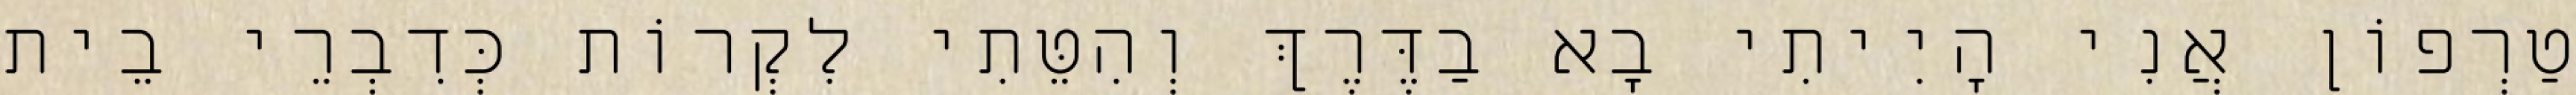
טַרְפוֹן אֲנִי הָיִיתִי בָא בַדֶּרֶךְ וְהִטֵּתִי לִקְרוֹת כְּדִבְרֵי בֵית